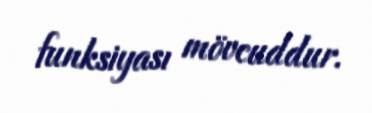
funksiyası mövcuddur.